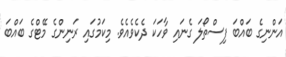
އަންނިގެ ބައްބަ ފިސްތޯލަ ގެނައި ވާހަކަ ދެކެވެއެވެ. މިކަމުގައި ރަނިންގެ މޭޓްގެ ބައްބަ